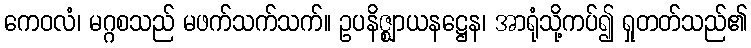
ကေဝလံ၊ မဂ္ဂစသည် မဖက်သက်သက်။ ဥပနိဇ္ဈာယနဋ္ဌေန၊ အာရုံသို့ကပ်၍ ရှုတတ်သည်၏